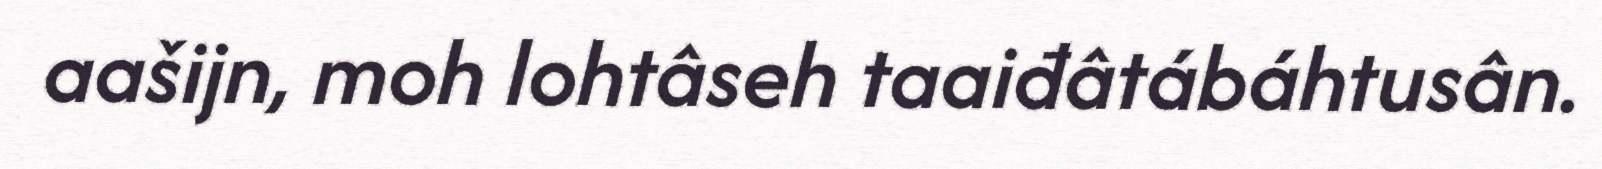
aašijn, moh lohtâseh taaiđâtábáhtusân.